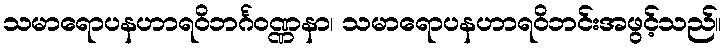
သမာရောပနဟာရဝိဘင်္ဂဝဏ္ဏနာ၊ သမာရောပနဟာရဝိဘင်းအဖွင့်သည်။